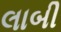
લાબી